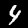
Digit: 4